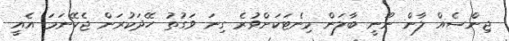
ޖިންސެއް ލާން ނޫނީ ބާލަން މިނެޓަކަށްވުރެ ގިނަ ވަގުތު ހޭދަކުރަން ޖެހޭނަމަ އެއީ